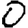
Digit: 0